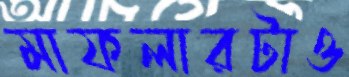
মাফলারটাও